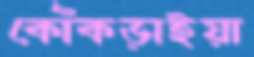
কোঁকড়াইয়া